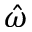
\hat { \omega }